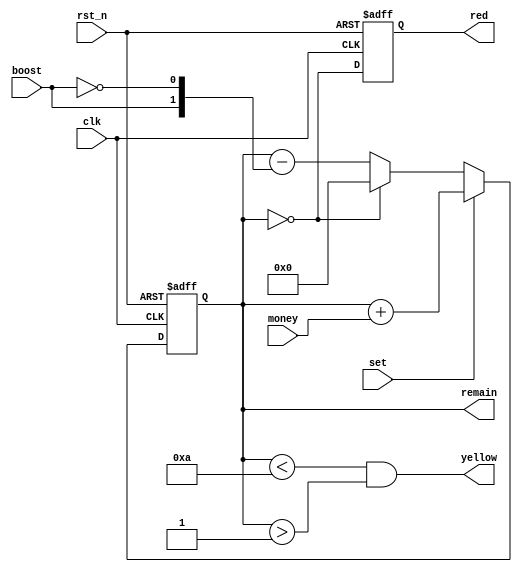
// ======================================================================
// Copyright (c) 2023-2023 All rights reserved
// ======================================================================
// Affiliation  : Tsinghua Univ & NeuraMatrix
// Revise Date  : 2023-06-08 11:35:35
// Description  : VL58 on nowcoder
// ======================================================================

module game_count (
  input  wire       rst_n,
  input  wire       clk,
  input  wire [9:0] money,
  input  wire       set,
  input  wire       boost,
  output reg  [9:0] remain,
  output wire       yellow,
  output reg        red
);

  always @(posedge clk or negedge rst_n) begin
    if(~rst_n) begin
      remain <= 10'd0;
      red <= 1'b0;
    end else if (set) begin
      remain <= remain + money;
      red <= (remain == 10'd0);
    end else begin
      remain <= (remain == 10'd0) ? 10'd0 : (remain - {8'd0, boost, ~boost});
      red <= (remain == 10'd0);
    end
  end

  assign yellow = (remain < 10'd10) && (remain > 10'd1);

endmodule